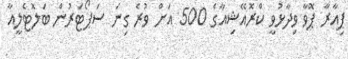
ޕިއާރާ ޕޮވާ ވިދާޅުވީ ކްރޮއޭޝިއާގެ 500 އަށް ވުރެ ގިނަ ސަޕޯޓަރުން ބަލޮޓެލީއާ